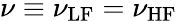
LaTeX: \nu\equiv\nu_{\mathrm{LF}}=\nu_{\mathrm{HF}}